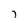
Character: 7